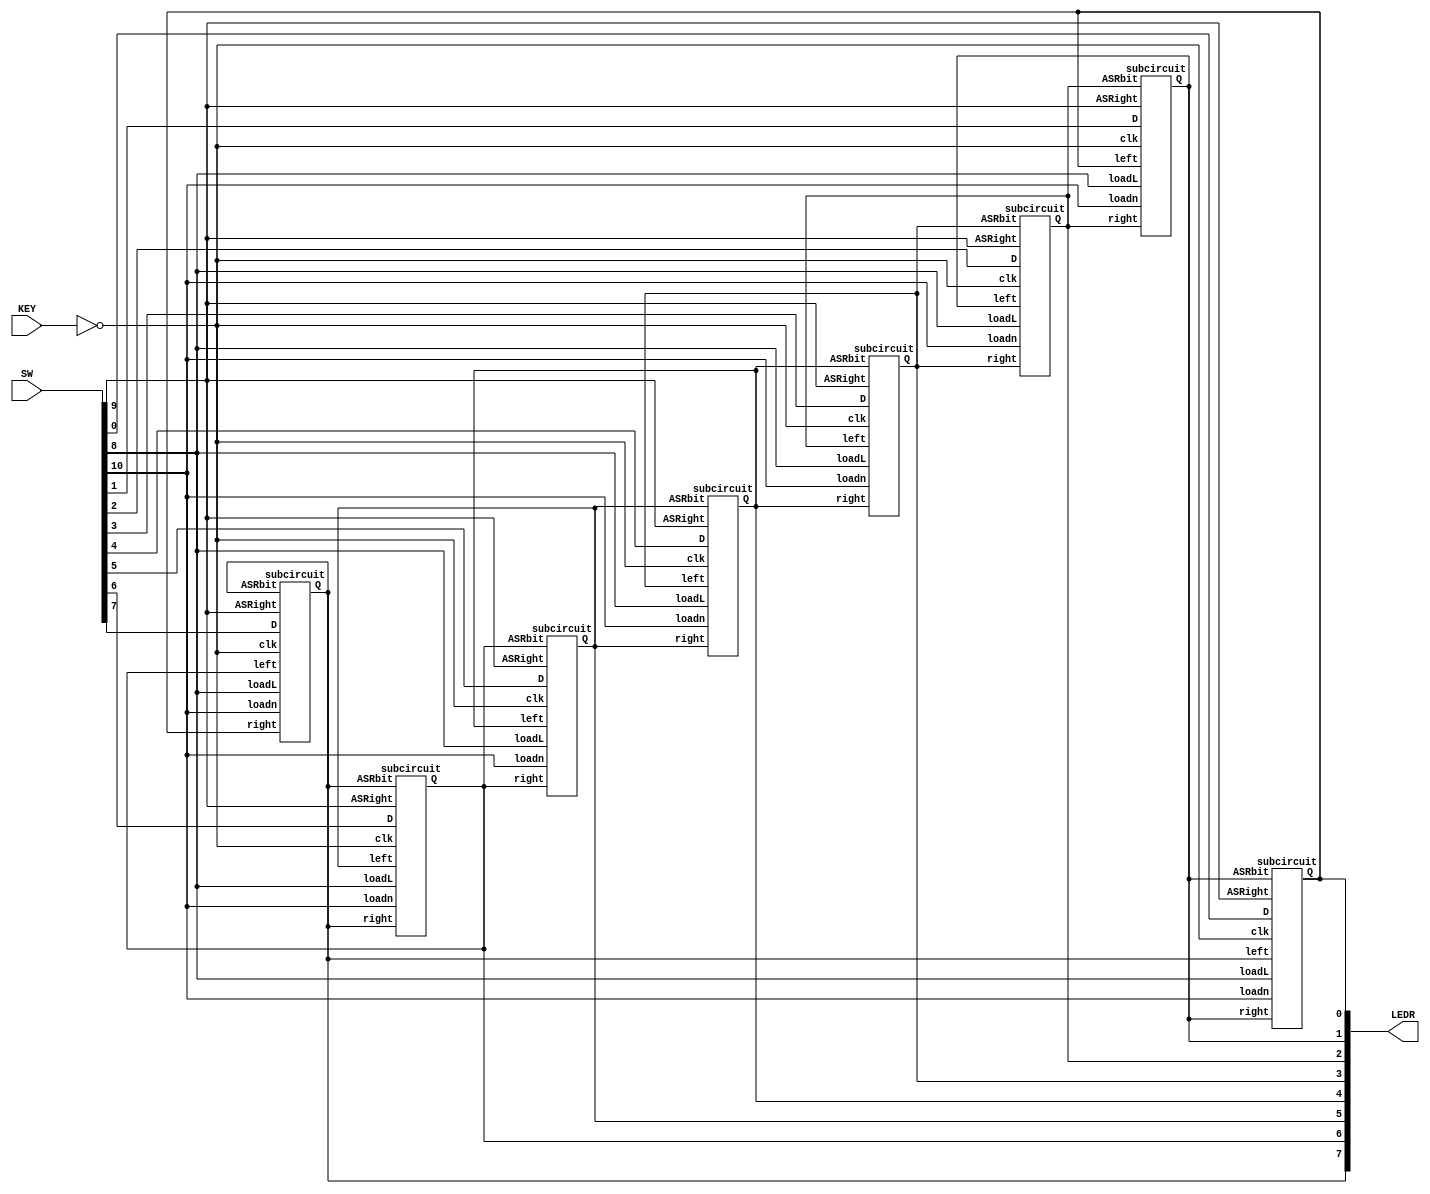

////////////////////////////////////////////////////
// PART 2 BELOW:

module part2 (SW, LEDR, KEY);
	input [11:0] SW;
	// 0-7 for DATA_IN[7:0]
	// 8 for RotateRight
	// 10 for parallelloadn
	input [0:0] KEY;
	output [7:0] LEDR;

	//subcircuit		(clk, 	loadL, loadn, right,  left,  	D, 	  ASRight, 	ASRbit,		Q);
	subcircuit subC1 (~KEY[0], SW[8], SW[10], LEDR[1], LEDR[7], SW[0], SW[9], LEDR[1],  LEDR[0]);
	subcircuit subC2 (~KEY[0], SW[8], SW[10], LEDR[2], LEDR[0], SW[1], SW[9], LEDR[2],  LEDR[1]);
	subcircuit subC3 (~KEY[0], SW[8], SW[10], LEDR[3], LEDR[1], SW[2], SW[9], LEDR[3],  LEDR[2]);
	subcircuit subC4 (~KEY[0], SW[8], SW[10], LEDR[4], LEDR[2], SW[3], SW[9], LEDR[4],  LEDR[3]);
	subcircuit subC5 (~KEY[0], SW[8], SW[10], LEDR[5], LEDR[3], SW[4], SW[9], LEDR[5],  LEDR[4]);
	subcircuit subC6 (~KEY[0], SW[8], SW[10], LEDR[6], LEDR[4], SW[5], SW[9], LEDR[6],  LEDR[5]);
	subcircuit subC7 (~KEY[0], SW[8], SW[10], LEDR[7], LEDR[5], SW[6], SW[9], LEDR[7],  LEDR[6]);
	subcircuit subC8 (~KEY[0], SW[8], SW[10], LEDR[0], LEDR[6], SW[7], SW[9], LEDR[7],  LEDR[7]);
endmodule

module subcircuit(clk, loadL, loadn, right, left,  D, ASRight, ASRbit, Q );
	input right, left, loadn, loadL, D, clk, ASRight, ASRbit;
	output Q;
	wire intermediate, real_D, ASRmuxOut;

	//			ASRmuxout, left 	....to reverse arithmatic shift
	mux2to1 mux1(right, ASRmuxOut, loadL, intermediate);
	mux2to1 mux2(D, intermediate, loadn, real_D);
	mux2to1 mux3(left, ASRbit, ASRight, ASRmuxOut);

	D_latch latched(clk, real_D, Q);
endmodule

module D_latch(clk, D, Q);
	input clk, D;
	output reg Q;
	always@(posedge clk)
		Q <= D;
endmodule

module mux2to1(a,b,s,m); 
	input a,b; 
	input s; 
	output m; 
	// s=0 -> a, s=1 ->b 
	assign m = (~s & a) | (s & b); 
endmodule 


///////////////////////////////////////////////////////
///////////////////////////////////////////////////////
// PART 3 BELOW:

module part3(SW, KEY, HEX0, HEX1, HEX2, HEX3, LEDR);
	input [11:0] SW;
	input [0:0] KEY;
	output [6:0] HEX0;
	output [6:0] HEX1;
	output [6:0] HEX2;
	output [6:0] HEX3;
	output [17:0] LEDR;

	wire [7:0] alubhorta;
	wire [7:0] B;

	assign LEDR[7:0] = B[7:0];
	assign LEDR[17:10] = alubhorta[7:0];

	binary_to_hex_7segDecoder Apos1 (SW[3:0], HEX2);
	binary_to_hex_7segDecoder Apos2 (SW[7:4], HEX3);
	binary_to_hex_7segDecoder Bpos1 (B[3:0], HEX0);
	binary_to_hex_7segDecoder Bpos2 (B[7:4], HEX1);

	D_ff shi_t (alubhorta, KEY[0], SW[11],B);
	alu alubhaji (SW[7:0], B, SW[10:8], alubhorta);
endmodule



module D_ff (D, clock, resetn, Q);
	input [7:0] D;
	input clock, resetn;
	output reg [7:0] Q;
	// synchronouse reset
	always@(posedge clock)
	begin
		if (!resetn)
			Q <= 8'b00000000;
		else
			Q <= D;
	end 
endmodule 


module binary_to_hex_7segDecoder (n, hex_decoder);
	input [3:0] n;			// 4 bit binary number
	output [6:0] hex_decoder;	// to display a single digit of hex number

	assign hex_decoder[0] = ~((n[0] & n[2] & (~n[3])) | ((~n[0]) & (~n[2])) | ((~n[0]) & n[3]) | (n[1] & n[2]) | (n[1] & (~n[3])) | ((~n[1]) & (~n[2]) & n[3]));
	assign hex_decoder[1] = ~((n[0] & n[1] & (~n[3])) | (n[0] & (~n[1]) & n[3]) | ((~n[0]) & (~n[1]) & (~n[3])) | ((~n[0]) & (~n[2])) | ((~n[2]) & (~n[3])));
	assign hex_decoder[2] = ~((n[0] & (~n[1])) | (n[0] & (~n[2])) | ((~n[1]) & (~n[2])) | (n[2] & (~n[3])) | ((~n[2]) & n[3]));
	assign hex_decoder[3] = ~((n[0] & n[1] & (~n[2])) | (n[0] & (~n[1]) & n[2]) | ((~n[0]) & n[1] & n[2]) | ((~n[0]) & (~n[2]) & (~n[3])) | ((~n[1]) & n[3]));
	assign hex_decoder[4] = ~(((~n[0]) & n[1]) | ((~n[0]) & (~n[2])) | (n[1] & n[3]) | (n[2] & n[3]));
	assign hex_decoder[5] = ~(((~n[0]) & (~n[1])) | ((~n[0]) & n[2]) | (n[1] & n[3]) | ((~n[1]) & n[2] & (~n[3])) | ((~n[2]) & n[3]));
	assign hex_decoder[6] = ~((n[0] & (~n[1]) & n[2]) | ((~n[0]) & n[2] & (~n[3])) | (n[1] & (~n[2])) | (n[1] & n[3]) | ((~n[2]) & n[3]));
endmodule 


module alu (A, B, KEY, LEDR);
	input [7:0] A;
	input [7:0] B;
	input [2:0] KEY;
	output [7:0] LEDR;
	
	reg [7:0]LEDR;
	integer i;
	integer j;
	always@(KEY or A or B)
	begin
		case(KEY)
			3'b000: LEDR = ~A[7:0] ^ B[7:0];
			3'b001: LEDR = A[7:0] ^ ~B[7:0];
			3'b010: LEDR =  ~(A[7:0] & B[7:0]);
			3'b011: LEDR = A[7:0] & B[7:0];
			3'b100: LEDR = A[7:0] + B[7:0] + 8'b00000001;
			3'b101: LEDR = ~(A[7:0] ^ B[7:0]);
			3'b110: begin
						LEDR = 8'b00000000;
						for(i= 0; i<8; i= i+1)
							LEDR = LEDR + {~A[i]};	// {} converts 1bit 1/0 to 8bit 1/0
					end
			3'b111: begin
						LEDR = 8'b00000000;
						for(i = 0; i < 8; i = i + 1 )		
							LEDR = LEDR + {B[i]};	// {} converts 1bit 1/0 to 8bit 1/0
						for(j= 0; j<8; j= j+1)
							LEDR = LEDR + {~A[j]};	// {} converts 1bit 1/0 to 8bit 1/0
					end
			default: LEDR = 8'b00000000;
		endcase
	end
endmodule